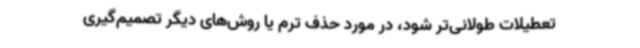
تعطیلات طولانی‌تر شود، در مورد حذف ترم یا روش‌های دیگر تصمیم‌گیری